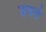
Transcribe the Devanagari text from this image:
डबते